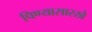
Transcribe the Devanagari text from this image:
पिण्यासारखे